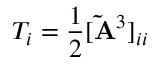
T _ { i } = \frac { 1 } { 2 } [ \mathbf { \tilde { A } } ^ { 3 } ] _ { i i }